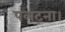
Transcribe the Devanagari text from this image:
पलटना।